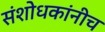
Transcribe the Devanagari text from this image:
संशोधकांनीच